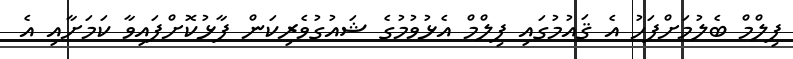
ފިލްމް ބެލުމަށްފަހު އެ ޤައުމުގައި ފިލްމް އެޅުވުމުގެ ޝައުގުވެރިކަން ފާޅުކޮށްފައިވާ ކަމަށާއި އެ